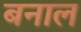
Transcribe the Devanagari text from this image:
बनाल